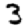
Digit: 3